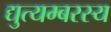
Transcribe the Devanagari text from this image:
द्युत्यम्बरस्य